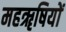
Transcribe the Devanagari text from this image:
महॠषियों